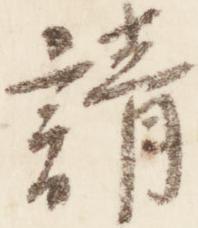
請